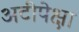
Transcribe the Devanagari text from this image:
अटीपेक्षा